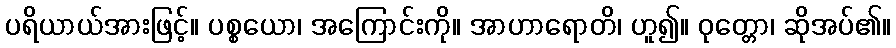
ပရိယာယ်အားဖြင့်။ ပစ္စယော၊ အကြောင်းကို။ အာဟာရောတိ၊ ဟူ၍။ ဝုတ္တော၊ ဆိုအပ်၏။